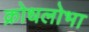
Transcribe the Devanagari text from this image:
क्रोधलोभा